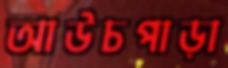
আউচপাড়া